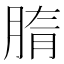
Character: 𦜤